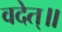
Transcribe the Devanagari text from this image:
वदेत्॥